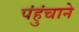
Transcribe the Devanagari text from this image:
पंहुंचाने